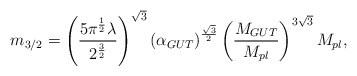
\begin{align*}m_{3/2} = \left( \frac{5 \pi^{\frac{1}{2}}\lambda}{2^{\frac{3}{2}}} \right)^{\sqrt 3} \left(\alpha_{GUT} \right)^{\frac{\sqrt 3}{2}} \left(\frac{M_{GUT}}{M_{pl}}\right)^{3\sqrt 3} M_{pl},\end{align*}